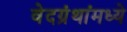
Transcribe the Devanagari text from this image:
वेदग्रंथांमध्ये